Annual report of the Prince of Wales Medical College, Patna
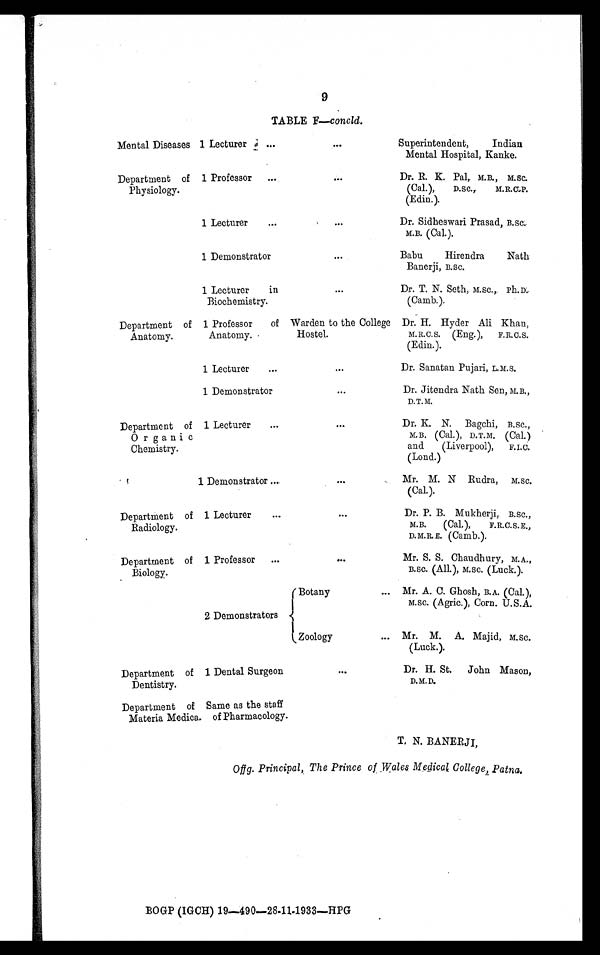
9
TABLE F—concld.
Mental Diseases 1 Lecturer
... ...
Superintendent, Indian
Mental Hospital, Kanke.
Department of
Physiology.
1 Professor
...
. . .
Dr. R. K. Pal, M.B., M.Sc.
(Cal.), D.Sc., M.R.C.P.
(Edin.).
1 Lecturer
...
. . .
Dr. Sidheswari Prasad, B.Sc.
M.B. (Cal.).
1 Demonstrator
. . .
Babu Hirendra Nath
Banerji, B.Sc.
1 Lecturer in
Biochemistry.
. . .
Dr. T. N. Seth, M.Sc., ph.D.
(Camb.).
Department of
Anatomy.
1 Professor of
Anatomy.
Warden to the College
Hostel.
Dr. H. Hyder Ali Khan,
M.R.C.S. (Eng.), F.R.C.S.
(Edin.).
1 Lecturer
...
. . .
Dr. Sanatan Pujari, L.M.S.
1 Demonstrator
. . .
Dr. Jitendra Nath Sen, M.B.,
D.T.M.
Department of
Organic
Chemistry.
1 Lecturer
...
. . .
Dr. K. N. Bagchi, B.Sc.,
M.B. (Cal.), D.T.M.
(Cal.)
and (Liverpool), F.I.C.
(Lond.)
1 Demonstrator ...
. . .
Mr. M. N Rudra, M.Sc.
(Cal.).
Department of
Radiology.
1 Lecturer
. . .
. . .
Dr. P. B. Mukherji, B.Sc.,
M.B. (Cal.), F.R.C.S.E.,
D.M.R.E. (Camb.).
Department of
Biology.
1 Professor
...
...
Mr. S. S. Chaudhury,M.A.,
B.Sc. (All.), M.Sc. (Luck.).
2 Demonstrators
Botany ... Mr. A. C. Ghosh, B.A. (Cal.),
M.Sc. (Agric.), Corn. U.S.A.
Zoology ... Mr. M. A. Majid, M.Sc.
(Luck.).
Department of
Dentistry.
1 Dental Surgeon
. . .
Dr. H. St. John Mason,
D.M.D.
Department of
Materia Medica.
Same as the staff
of Pharmacology.
T. N. BANERJI,
Offg. Principal, The Prince of Wales Medical. College, Patna.
BOGP (IGCH) 19—490—28-11-1933—HPG